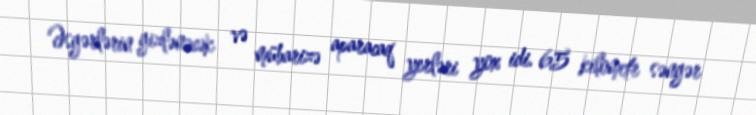
Əsgərlərin gizlənəcək və mübarizə aparacaq yerləri yox idi. 65 kilometr səngər